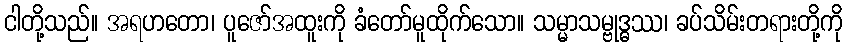
ငါတို့သည်။ အရဟတော၊ ပူဇော်အထူးကို ခံတော်မူထိုက်သော။ သမ္မာသမ္ဗုဒ္ဓဿ၊ ခပ်သိမ်းတရားတို့ကို